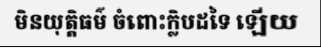
មិនយុត្តិធម៌ ចំពោះក្លិបដទៃ ឡើយ